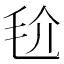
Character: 𣬫